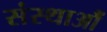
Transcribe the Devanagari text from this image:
संस्थाऔं